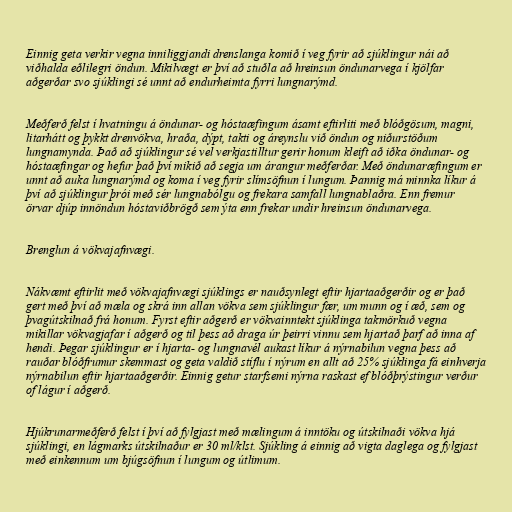
Einnig geta verkir vegna inniliggjandi drenslanga komið í veg fyrir að sjúklingur nái að
viðhalda eðlilegri öndun. Mikilvægt er því að stuðla að hreinsun öndunarvega í kjölfar
aðgerðar svo sjúklingi sé unnt að endurheimta fyrri lungnarýmd.

Meðferð felst í hvatningu á öndunar- og hóstaæfingum ásamt eftirliti með blóðgösum, magni,
litarhátt og þykkt drenvökva, hraða, dýpt, takti og áreynslu við öndun og niðurstöðum
lungnamynda. Það að sjúklingur sé vel verkjastilltur gerir honum kleift að iðka öndunar- og
hóstaæfingar og hefur það því mikið að segja um árangur meðferðar. Með öndunaræfingum er
unnt að auka lungnarýmd og koma í veg fyrir slímsöfnun í lungum. Þannig má minnka líkur á
því að sjúklingur þrói með sér lungnabólgu og frekara samfall lungnablaðra. Enn fremur
örvar djúp innöndun hóstaviðbrögð sem ýta enn frekar undir hreinsun öndunarvega.

Brenglun á vökvajafnvægi.

Nákvæmt eftirlit með vökvajafnvægi sjúklings er nauðsynlegt eftir hjartaaðgerðir og er það
gert með því að mæla og skrá inn allan vökva sem sjúklingur fær, um munn og í æð, sem og
þvagútskilnað frá honum. Fyrst eftir aðgerð er vökvainntekt sjúklinga takmörkuð vegna
mikillar vökvagjafar í aðgerð og til þess að draga úr þeirri vinnu sem hjartað þarf að inna af
hendi. Þegar sjúklingur er í hjarta- og lungnavél aukast líkur á nýrnabilun vegna þess að
rauðar blóðfrumur skemmast og geta valdið stíflu í nýrum en allt að 25% sjúklinga fá einhverja
nýrnabilun eftir hjartaaðgerðir. Einnig getur starfsemi nýrna raskast ef blóðþrýstingur verður
of lágur í aðgerð.

Hjúkrunarmeðferð felst í því að fylgjast með mælingum á inntöku og útskilnaði vökva hjá
sjúklingi, en lágmarks útskilnaður er 30 ml/klst. Sjúkling á einnig að vigta daglega og fylgjast
með einkennum um bjúgsöfnun í lungum og útlimum.